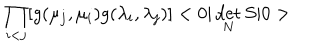
LaTeX: \prod _ { i < j } [ g ( \mu _ { j } , \mu _ { i } ) g ( \lambda _ { i } , \lambda _ { j } ) ] < 0 | \det _ { N } S | 0 >